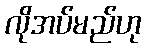
လိုအပ်မည်ဟု